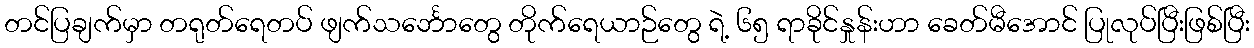
တင်ပြချက်မှာ တရုတ်ရေတပ် ဖျက်သင်္ဘောတွေ တိုက်ရေယာဉ်တွေ ရဲ့ ၆၅ ရာခိုင်နှုန်းဟာ ခေတ်မီအောင် ပြုလုပ်ပြီးဖြစ်ပြီး